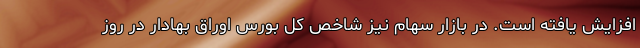
افزایش یافته است. در بازار سهام نیز شاخص کل بورس اوراق بهادار در روز